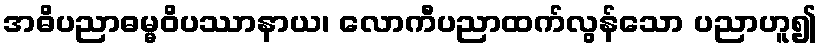
အဓိပညာဓမ္မဝိပဿာနာယ၊ လောကီပညာထက်လွန်သော ပညာဟူ၍